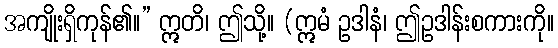
အကျိုးရှိကုန်၏။” ဣတိ၊ ဤသို့။ (ဣမံ ဥဒါနံ၊ ဤဥဒါန်းစကားကို။